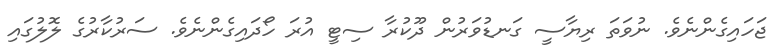
ޖަހައިގެންނެވެ. ނުވަތަ ރިޔާސީ ގަނޑުވަރުން ދޫކުރާ ސިޓީ އުރަ ހޯދައިގެންނެވެ. ސަރުކާރުގެ ލޮލުގައި